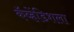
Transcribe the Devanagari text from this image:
कॅव्हेंडिशला